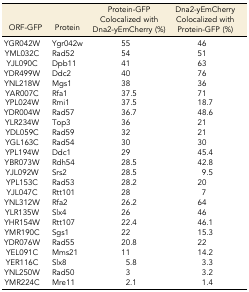
<table><thead><tr><td><b>ORF-GFP</b></td><td><b>Protein</b></td><td><b>Protein-GFP Colocalized with Dna2-yEmCherry (%)</b></td><td><b>Dna2-yEmCherry Colocalized with Protein-GFP (%)</b></td></tr></thead><tbody><tr><td>YGR042W</td><td>Ygr042w</td><td>55</td><td>46</td></tr><tr><td>YML032C</td><td>Rad52</td><td>54</td><td>51</td></tr><tr><td>YJL090C</td><td>Dpb11</td><td>41</td><td>63</td></tr><tr><td>YDR499W</td><td>Ddc2</td><td>40</td><td>76</td></tr><tr><td>YNL218W</td><td>Mgs1</td><td>38</td><td>36</td></tr><tr><td>YAR007C</td><td>Rfa1</td><td>37.5</td><td>71</td></tr><tr><td>YPL024W</td><td>Rmi1</td><td>37.5</td><td>18.7</td></tr><tr><td>YDR004W</td><td>Rad57</td><td>36.7</td><td>48.6</td></tr><tr><td>YLR234W</td><td>Top3</td><td>36</td><td>21</td></tr><tr><td>YDL059C</td><td>Rad59</td><td>32</td><td>21</td></tr><tr><td>YGL163C</td><td>Rad54</td><td>30</td><td>30</td></tr><tr><td>YPL194W</td><td>Ddc1</td><td>29</td><td>45.4</td></tr><tr><td>YBR073W</td><td>Rdh54</td><td>28.5</td><td>42.8</td></tr><tr><td>YJL092W</td><td>Srs2</td><td>28.5</td><td>9.5</td></tr><tr><td>YPL153C</td><td>Rad53</td><td>28.2</td><td>20</td></tr><tr><td>YJL047C</td><td>Rtt101</td><td>28</td><td>7</td></tr><tr><td>YNL312W</td><td>Rfa2</td><td>26.2</td><td>64</td></tr><tr><td>YLR135W</td><td>Slx4</td><td>26</td><td>46</td></tr><tr><td>YHR154W</td><td>Rtt107</td><td>22.4</td><td>46.1</td></tr><tr><td>YMR190C</td><td>Sgs1</td><td>22</td><td>15.3</td></tr><tr><td>YDR076W</td><td>Rad55</td><td>20.8</td><td>22</td></tr><tr><td>YEL091C</td><td>Mms21</td><td>11</td><td>14.2</td></tr><tr><td>YER116C</td><td>Slx8</td><td>5.8</td><td>3.3</td></tr><tr><td>YNL250W</td><td>Rad50</td><td>3</td><td>3.2</td></tr><tr><td>YMR224C</td><td>Mre11</td><td>2.1</td><td>1.4</td></tr></tbody></table>